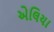
એલિયા